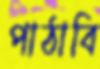
পাঠাবি